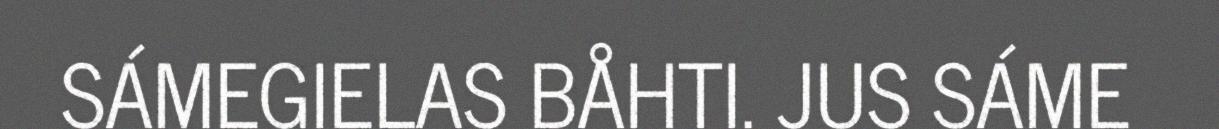
SÁMEGIELAS BÅHTI. JUS SÁME